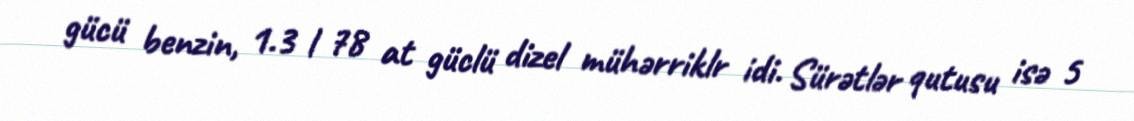
gücü benzin, 1.3 l 78 at güclü dizel mühərriklr idi. Sürətlər qutusu isə 5